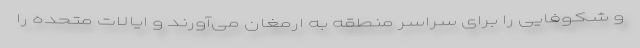
و شکوفایی را برای سراسر منطقه به ارمغان می‌آورند و ایالات متحده را